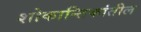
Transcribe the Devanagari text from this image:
शोकान्तिकांतील